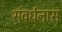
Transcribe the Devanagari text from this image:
संवर्धनास